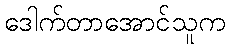
ဒေါက်တာအောင်သူက